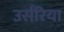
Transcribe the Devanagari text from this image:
उर्सरिया